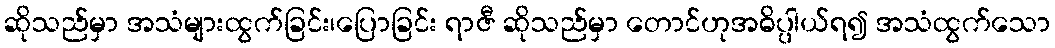
ဆိုသည်မှာ အသံများထွက်ခြင်း၊ပြောခြင်း ရာဇီ ဆိုသည်မှာ တောင်ဟုအဓိပ္ပါယ်ရ၍ အသံထွက်သော